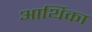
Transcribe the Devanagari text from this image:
आर्थिका